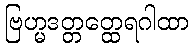
ဗြဟ္မဒတ္တတ္ထေရဂါထာ